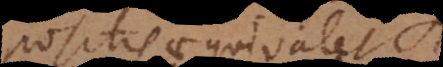
positis aequivalet.